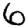
Digit: 6